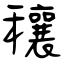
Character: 穰